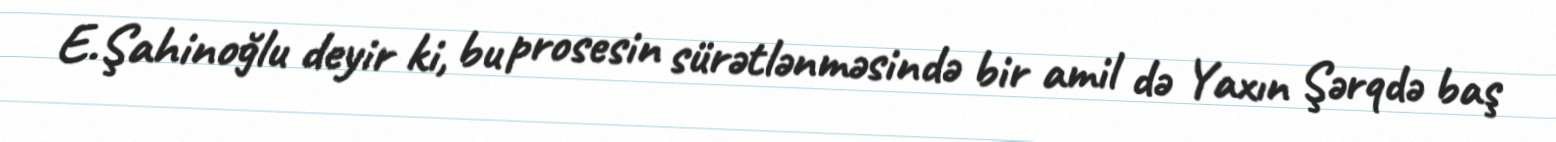
E.Şahinoğlu deyir ki, bu prosesin sürətlənməsində bir amil də Yaxın Şərqdə baş